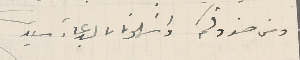
ومن صندوقكم واسَلمونا بالدعاء سيدى